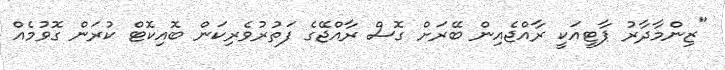
"ޒިންމާދާރު ޕާޓީއަކީ ރާއްޖެއިން ބޭރަށް ގޮސް ރާއްޖޭގެ ފަތުރުވެރިކަން ބޮއިކޮޓް ކުރަން ގޮވުމެއް